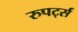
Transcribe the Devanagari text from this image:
रुपर्ट्स